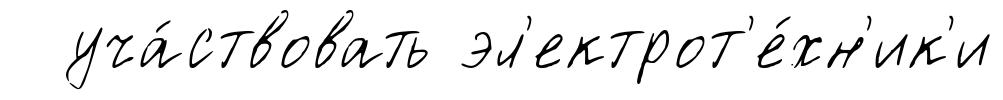
уча́ствовать эл'ектрот'е́хн'ик'и